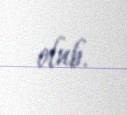
olub.